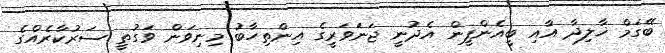
ބޭގަމް ޚާލިދާ އާއި ބީއެންޕީން އެދުނީ ޖަނަވަރީގެ އިންތިހާބު މިނިވަން ވަގުތީ ސަރުކާރެއްގެ